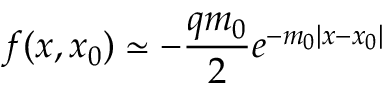
f ( x , x _ { 0 } ) \simeq - \frac { q m _ { 0 } } { 2 } e ^ { - m _ { 0 } | x - x _ { 0 } | }